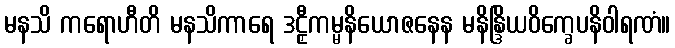
မနသိ ကရောဟီတိ မနသိကာရေ ဒဠှီကမ္မနိယောဇနေန မနိန္ဒြိယဝိက္ခေပနိဝါရဏံ။